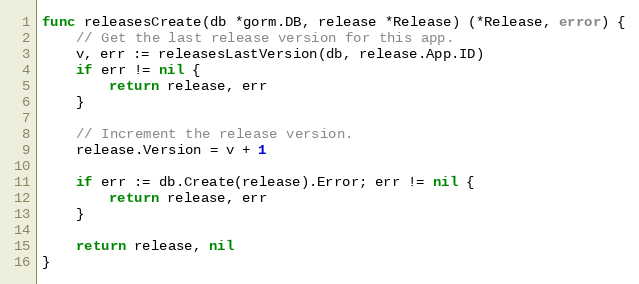
Language: Go
func releasesCreate(db *gorm.DB, release *Release) (*Release, error) {
	// Get the last release version for this app.
	v, err := releasesLastVersion(db, release.App.ID)
	if err != nil {
		return release, err
	}

	// Increment the release version.
	release.Version = v + 1

	if err := db.Create(release).Error; err != nil {
		return release, err
	}

	return release, nil
}